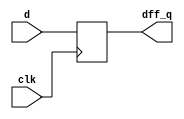
module dff_lab1(input[7:0] d, input clk, output reg[7:0] dff_q); 
    always @(posedge clk) begin
            dff_q <= d;
        end
endmodule